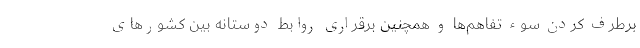
برطرف کردن سوء تفاهم‌ها و همچنین برقراری روابط دوستانه بین کشورهای